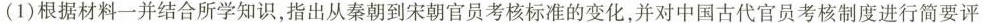
(1)根据材料一并结合所学知识，指出从秦朝到宋朝官员考核标准的变化，并对中国古代官员考核制度进行简要评